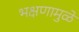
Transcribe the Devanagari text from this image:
भक्षणामुळे